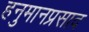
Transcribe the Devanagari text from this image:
हनुमानप्रसाद